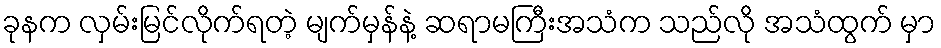
ခုနက လှမ်းမြင်လိုက်ရတဲ့ မျက်မှန်နဲ့ ဆရာမကြီးအသံက သည်လို အသံထွက် မှာ